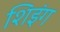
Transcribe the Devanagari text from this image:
शिइंग